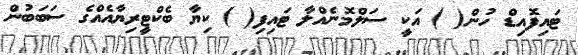
ޓައިފޮއިޑް ހުން( ) އަކީ ސަލްމޮނެއްލާ ޓައިފި( ) ކިޔާ ބެކްޓީރިޔާއެއްގެ ސަބަބުން